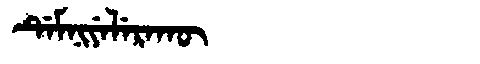
Manchu: ᡩᡝᠮᠨᡳᠶᡝᠯᡝᡵᠠᡴᡡ
Romanization: DEMNIYELERAKŪ